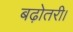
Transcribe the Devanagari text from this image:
बढ़ोतरी।